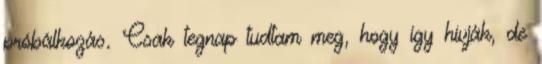
próbálkozás. Csak tegnap tudtam meg, hogy így hívják, de